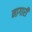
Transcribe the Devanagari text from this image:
नागारी